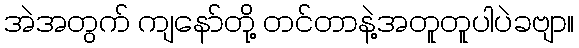
အဲအတွက် ကျနော်တို့ တင်တာနဲ့အတူတူပါပဲခဗျာ။